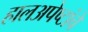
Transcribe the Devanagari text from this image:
हालअपेष्टांचे